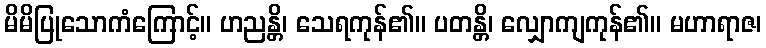
မိမိပြုသောကံကြောင့်။ ဟညန္တိ၊ သေရကုန်၏။ ပတန္တိ၊ လျှောကျကုန်၏။ မဟာရာဇ၊